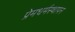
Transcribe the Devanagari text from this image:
प्रेमधर्मस्थापन